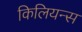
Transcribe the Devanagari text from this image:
किलियन्स